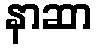
နာဆာ